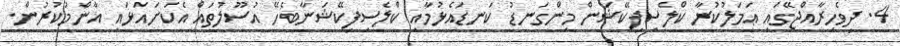
4. ދިވެހިރާއްޖޭގައި ޢަމަލުކުރާ ކްލެސިފިކޭޝަން މިންގަނޑު ކަނޑައެޅުމާއި ކްލެސިފިކޭޝަނާބެހޭ އުސޫލުތައް އެކަށައަޅައި އާންމުކުރުން.